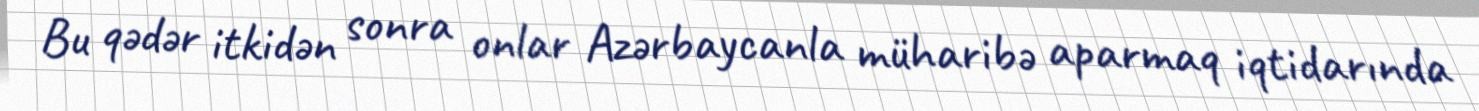
Bu qədər itkidən sonra onlar Azərbaycanla müharibə aparmaq iqtidarında